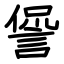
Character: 諐